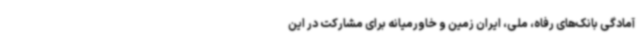
آمادگی بانک‌های رفاه، ملی، ایران زمین و خاورمیانه برای مشارکت در این